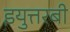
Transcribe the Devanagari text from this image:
इयुत्तरबी